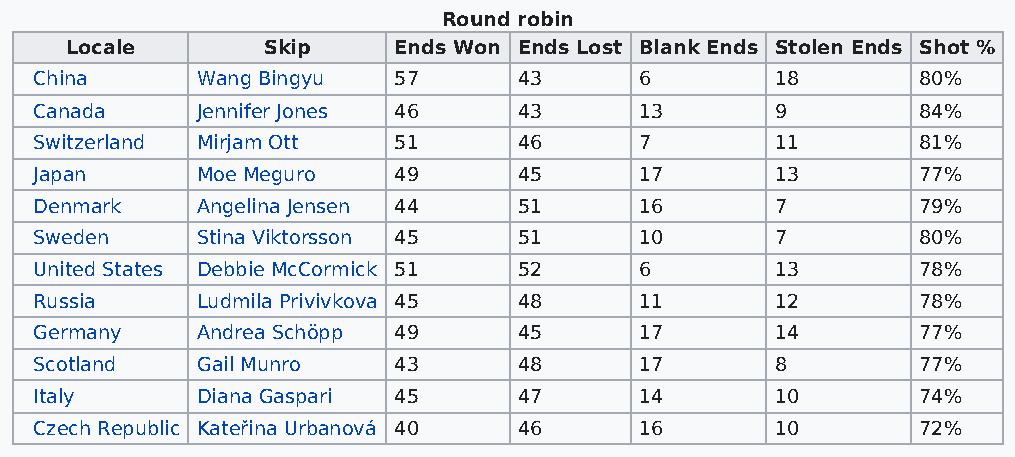
Round robin
 Locale       Skip     Ends Won Ends Lost Blank Ends Stolen Ends Shot %
 China      Wang Bingyu  57      43      6        18        80%
 Canada     Jennifer Jones 46    43      13       9         84%
 Switzerland Mirjam Ott  51      46      7        11        81%
 Japan      Moe Meguro   49      45      17       13        77%
 Denmark    Angelina Jensen 44   51      16       7         79%
 Sweden     Stina Viktorsson 45  51      10       7         80%
 United States Debbie McCormick 51 52    6        13        78%
 Russia     Ludmila Privivkova 45 48     11       12        78%
 Germany    Andrea Schöpp 49     45      17       14        77%
 Scotland   Gail Munro   43      48      17       8         77%
 Italy      Diana Gaspari 45     47      14       10        74%
 Czech Republic Kateřina Urbanová 40 46  16       10        72%